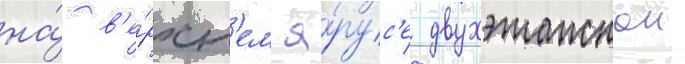
на́ в'е́рхн'ем я́рус'е двухэтажнои